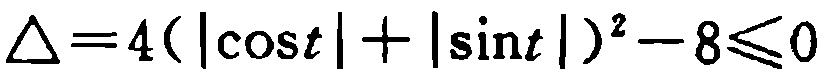
\(\Delta = 4(|\cos t| + |\sin t|)^2 - 8\leqslant0\)